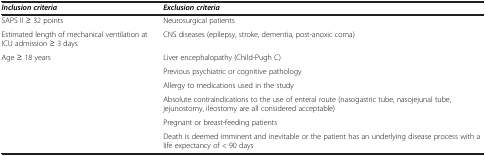
<table><thead><tr><td><b><i>Inclusion criteria</i></b></td><td><b><i>Exclusion criteria</i></b></td></tr></thead><tbody><tr><td>SAPS II ≥ 32 points</td><td>Neurosurgical patients</td></tr><tr><td>Estimated length of mechanical ventilation at ICU admission ≥ 3 days</td><td>CNS diseases (epilepsy, stroke, dementia, post-anoxic coma)</td></tr><tr><td>Age ≥ 18 years</td><td>Liver encephalopathy (Child-Pugh C)</td></tr><tr><td> </td><td>Previous psychiatric or cognitive pathology</td></tr><tr><td> </td><td>Allergy to medications used in the study</td></tr><tr><td> </td><td>Absolute contraindications to the use of enteral route (nasogastric tube, nasojejunal tube, jejunostomy, ileostomy are all considered acceptable)</td></tr><tr><td> </td><td>Pregnant or breast-feeding patients</td></tr><tr><td> </td><td>Death is deemed imminent and inevitable or the patient has an underlying disease process with a life expectancy of &lt; 90 days</td></tr></tbody></table>